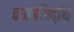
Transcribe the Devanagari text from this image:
वाक्सिद्धि